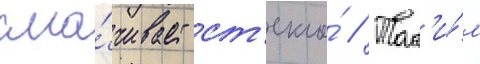
сма́чивает ст'екло́ // Так'и́м